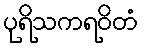
ပုရိသကရဝိတံ